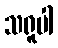
သရူပါ